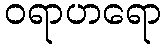
ဝရာဟရော